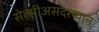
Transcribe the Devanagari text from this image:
सेल्सीअसदरम्यान